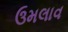
ઉમલાવ